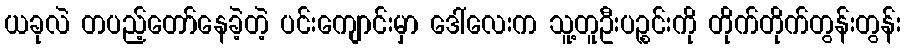
ယခုလဲ တပည့်တော်နေခဲ့တဲ့ ပင်းကျောင်းမှာ ဒေါ်လေးက သူ့တူဦးပဉ္စင်းကို တိုက်တိုက်တွန်းတွန်း